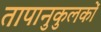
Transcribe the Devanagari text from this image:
तापानुकुलकों